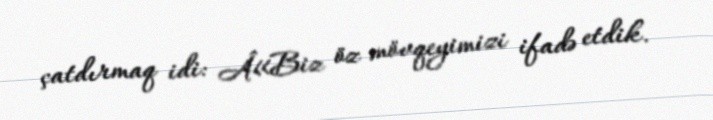
çatdırmaq idi: Â«Biz öz mövqeyimizi ifadə etdik.